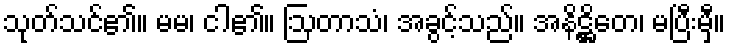
သုတ်သင်၏။ မမ၊ ငါ၏။ ဩတာသံ၊ အခွင့်သည်။ အနိဋ္ဌိတေ၊ မပြီးမှီ။